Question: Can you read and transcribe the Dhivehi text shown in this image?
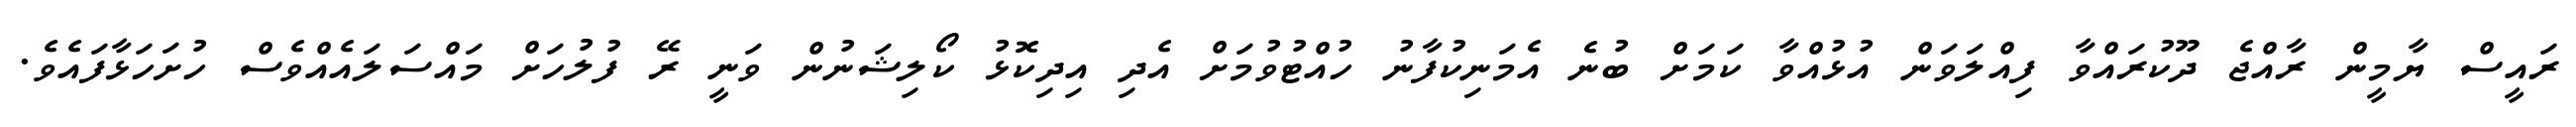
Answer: ރައީސް ޔާމީން ރާއްޖެ ދޫކުރައްވާ ފިއްލަވަން އުޅުއްވާ ކަމަށް ބުނެ އެމަނިކުފާނު ހުއްޓުވުމަށް އެދި އިދިކޮޅު ކޯލިޝަނުން ވަނީ ރޭ ފުލުހަށް މައްސަލައެއްވެސް ހުށަހަޅާފައެވެ.